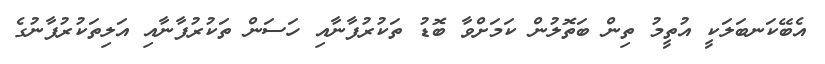
އެބޭކަނބަލަކީ އުތީމު ތިން ބަތޮލުން ކަމަށްވާ ބޮޑު ތަކުރުފާނާއި ހަސަން ތަކުރުފާނާއި އަލިތަކުރުފާނުގެ